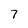
Character: 7